Civil Veterinary Department Bengal reports 1933-51 - 1933-1951
Year: 1933
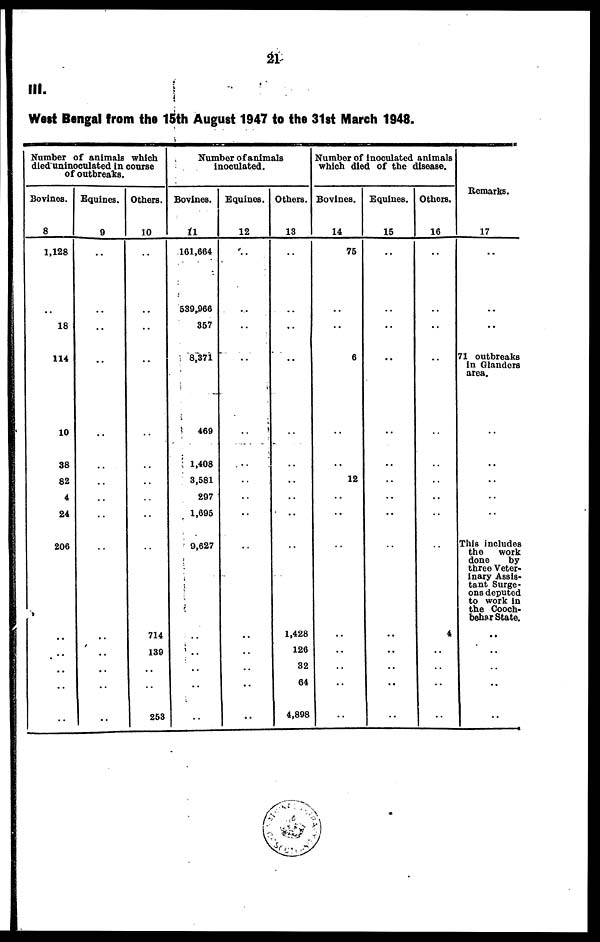
III.
West Bengal from the 15th August 1947 to the 31st March 1948.
Number of animals which
died uninoculated in course
of outbreaks.
Bovinos.
8
1,128
..
18
114
10
38
82
4
24
206
..
..
..
..
..
Equines.
9
..
..
..
..
..
..
..
..
..
..
..
..
..
..
..
Others.
10
..
..
..
..
..
..
..
..
..
..
714
139
..
..
253
Number of animals
inoculated.
Bovines.
11
161,664
539,966
357
8,371
469
1,408
3,581
297
1,695
9,627
..
..
..
..
..
Equines.
12
..
..
..
..
..
..
..
..
..
..
..
..
..
..
..
Others.
13
..
..
..
..
..
..
..
..
..
..
1,428
126
32
64
4,898
Number of inoculated animals
which died of the disease.
Bovines.
14
75
..
..
6
....
..
12
..
..
..
..
..
..
..
..
Equines.
15
..
..
..
..
..
..
..
..
..
..
..
..
..
..
..
Others.
16
..
..
..
..
..
..
..
..
..
..
4
..
..
..
..
Remarks.
17
..
..
..
71 outbreaks
in Glanders
area.
This includes
the
work
done
by
three Veter-
inary Assis-
tant Surge-
ons deputed
to work in
the Cooch-
behar State.
..
..
..
..
..